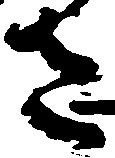
さ